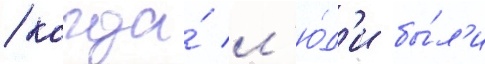
/ когда́ л'ю́д'и бы́л'и